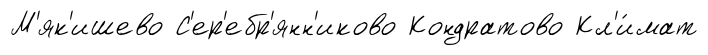
М'як'ишево С'ер'ебр'янн'иково Кондратово Кл'и́мат